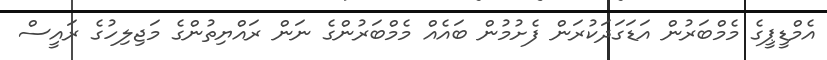
އެމްޑީޕީގެ މެމްބަރުން އަޑަގަދަކުރަން ފެށުމުން ބައެއް މެމްބަރުންގެ ނަން ރައްޔިތުންގެ މަޖިލިހުގެ ރައީސް